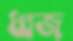
ধ্বজ